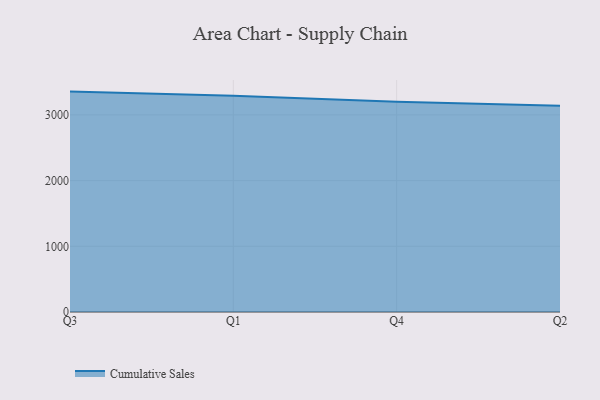
{"axis": {"x": "Quarter", "y": "Conversion Rate (%)"}, "legend": ["Cumulative Sales"], "data": [{"x": "Q3", "y": 3354.6, "type": "Cumulative Sales"}, {"x": "Q1", "y": 3291.0, "type": "Cumulative Sales"}, {"x": "Q4", "y": 3199.2, "type": "Cumulative Sales"}, {"x": "Q2", "y": 3139.5, "type": "Cumulative Sales"}]}